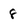
Character: 8